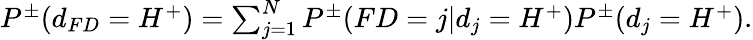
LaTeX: \begin{array}{r}{P^{\pm}(d_{FD}=H^{+})=\sum_{j=1}^{N}P^{\pm}(FD=j|d_{j}=H^{+})P^{\pm}(d_{j}=H^{+}).}\end{array}